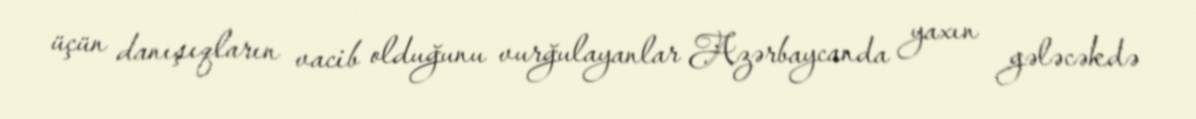
üçün danışıqların vacib olduğunu vurğulayanlar Azərbaycanda yaxın gələcəkdə